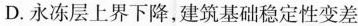
D.永冻层上界下降，建筑基础稳定性变差